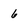
Character: 6